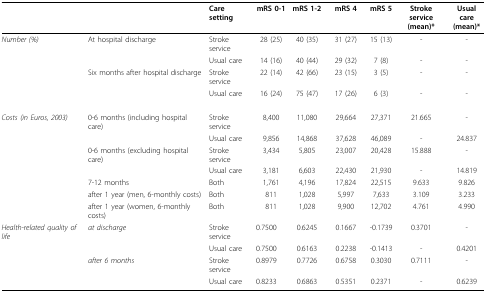
<table><thead><tr><td></td><td></td><td><b>Care setting</b></td><td><b>mRS 0-1</b></td><td><b>mRS 1-2</b></td><td><b>mRS 4</b></td><td><b>mRS 5</b></td><td><b>Stroke service(mean)*</b></td><td><b>Usual care(mean)*</b></td></tr></thead><tbody><tr><td><i>Number (%)</i></td><td>At hospital discharge</td><td>Stroke service</td><td>28 (25)</td><td>40 (35)</td><td>31 (27)</td><td>15 (13)</td><td>-</td><td>-</td></tr><tr><td></td><td></td><td>Usual care</td><td>14 (16)</td><td>40 (44)</td><td>29 (32)</td><td>7 (8)</td><td>-</td><td>-</td></tr><tr><td></td><td>Six months after hospital discharge</td><td>Stroke service</td><td>22 (14)</td><td>42 (66)</td><td>23 (15)</td><td>3 (5)</td><td>-</td><td>-</td></tr><tr><td></td><td></td><td>Usual care</td><td>16 (24)</td><td>75 (47)</td><td>17 (26)</td><td>6 (3)</td><td>-</td><td>-</td></tr><tr><td><i>Costs (in Euros, 2003)</i></td><td>0-6 months (including hospital care)</td><td>Stroke service</td><td>8,400</td><td>11,080</td><td>29,664</td><td>27,371</td><td>21.665</td><td>-</td></tr><tr><td></td><td></td><td>Usual care</td><td>9,856</td><td>14,868</td><td>37,628</td><td>46,089</td><td>-</td><td>24.837</td></tr><tr><td></td><td>0-6 months (excluding hospital care)</td><td>Stroke service</td><td>3,434</td><td>5,805</td><td>23,007</td><td>20,428</td><td>15.888</td><td>-</td></tr><tr><td></td><td></td><td>Usual care</td><td>3,181</td><td>6,603</td><td>22,430</td><td>21,930</td><td>-</td><td>14.819</td></tr><tr><td></td><td>7-12 months</td><td>Both</td><td>1,761</td><td>4,196</td><td>17,824</td><td>22,515</td><td>9.633</td><td>9.826</td></tr><tr><td></td><td>after 1 year (men, 6-monthly costs)</td><td>Both</td><td>811</td><td>1,028</td><td>5,997</td><td>7,633</td><td>3.109</td><td>3.233</td></tr><tr><td></td><td>after 1 year (women, 6-monthly costs)</td><td>Both</td><td>811</td><td>1,028</td><td>9,900</td><td>12,702</td><td>4.761</td><td>4.990</td></tr><tr><td><i>Health-related quality of life</i></td><td><i>at discharge</i></td><td>Stroke service</td><td>0.7500</td><td>0.6245</td><td>0.1667</td><td>-0.1739</td><td>0.3701</td><td>-</td></tr><tr><td></td><td></td><td>Usual care</td><td>0.7500</td><td>0.6163</td><td>0.2238</td><td>-0.1413</td><td>-</td><td>0.4201</td></tr><tr><td></td><td><i>after 6 months</i></td><td>Stroke service</td><td>0.8979</td><td>0.7726</td><td>0.6758</td><td>0.3030</td><td>0.7111</td><td>-</td></tr><tr><td></td><td></td><td>Usual care</td><td>0.8233</td><td>0.6863</td><td>0.5351</td><td>0.2371</td><td>-</td><td>0.6239</td></tr></tbody></table>